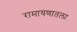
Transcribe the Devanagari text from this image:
रामायणातला